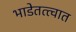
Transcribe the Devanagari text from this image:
भाडेतत्त्वात